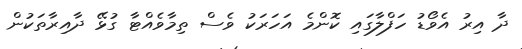
ދާ އިރު އެވޯޑު ހަފްލާގައި ކޮންމެ އަހަރަކު ވެސް ތިމާވެއްޓާ ގުޅޭ ދާއިރާތަކުން